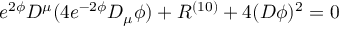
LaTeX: e ^ { 2 \phi } D ^ { \mu } ( 4 e ^ { - 2 \phi } D _ { \mu } \phi ) + R ^ { ( 1 0 ) } + 4 ( D \phi ) ^ { 2 } = 0